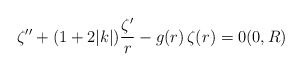
\begin{align*}\zeta'' + (1 + 2|k|)\frac{\zeta'}{r} - g(r)\,\zeta(r) = 0 (0,R)\end{align*}